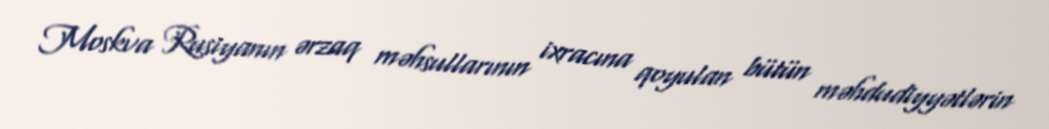
Moskva Rusiyanın ərzaq məhsullarının ixracına qoyulan bütün məhdudiyyətlərin